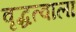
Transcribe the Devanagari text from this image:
वृद्धत्वाला